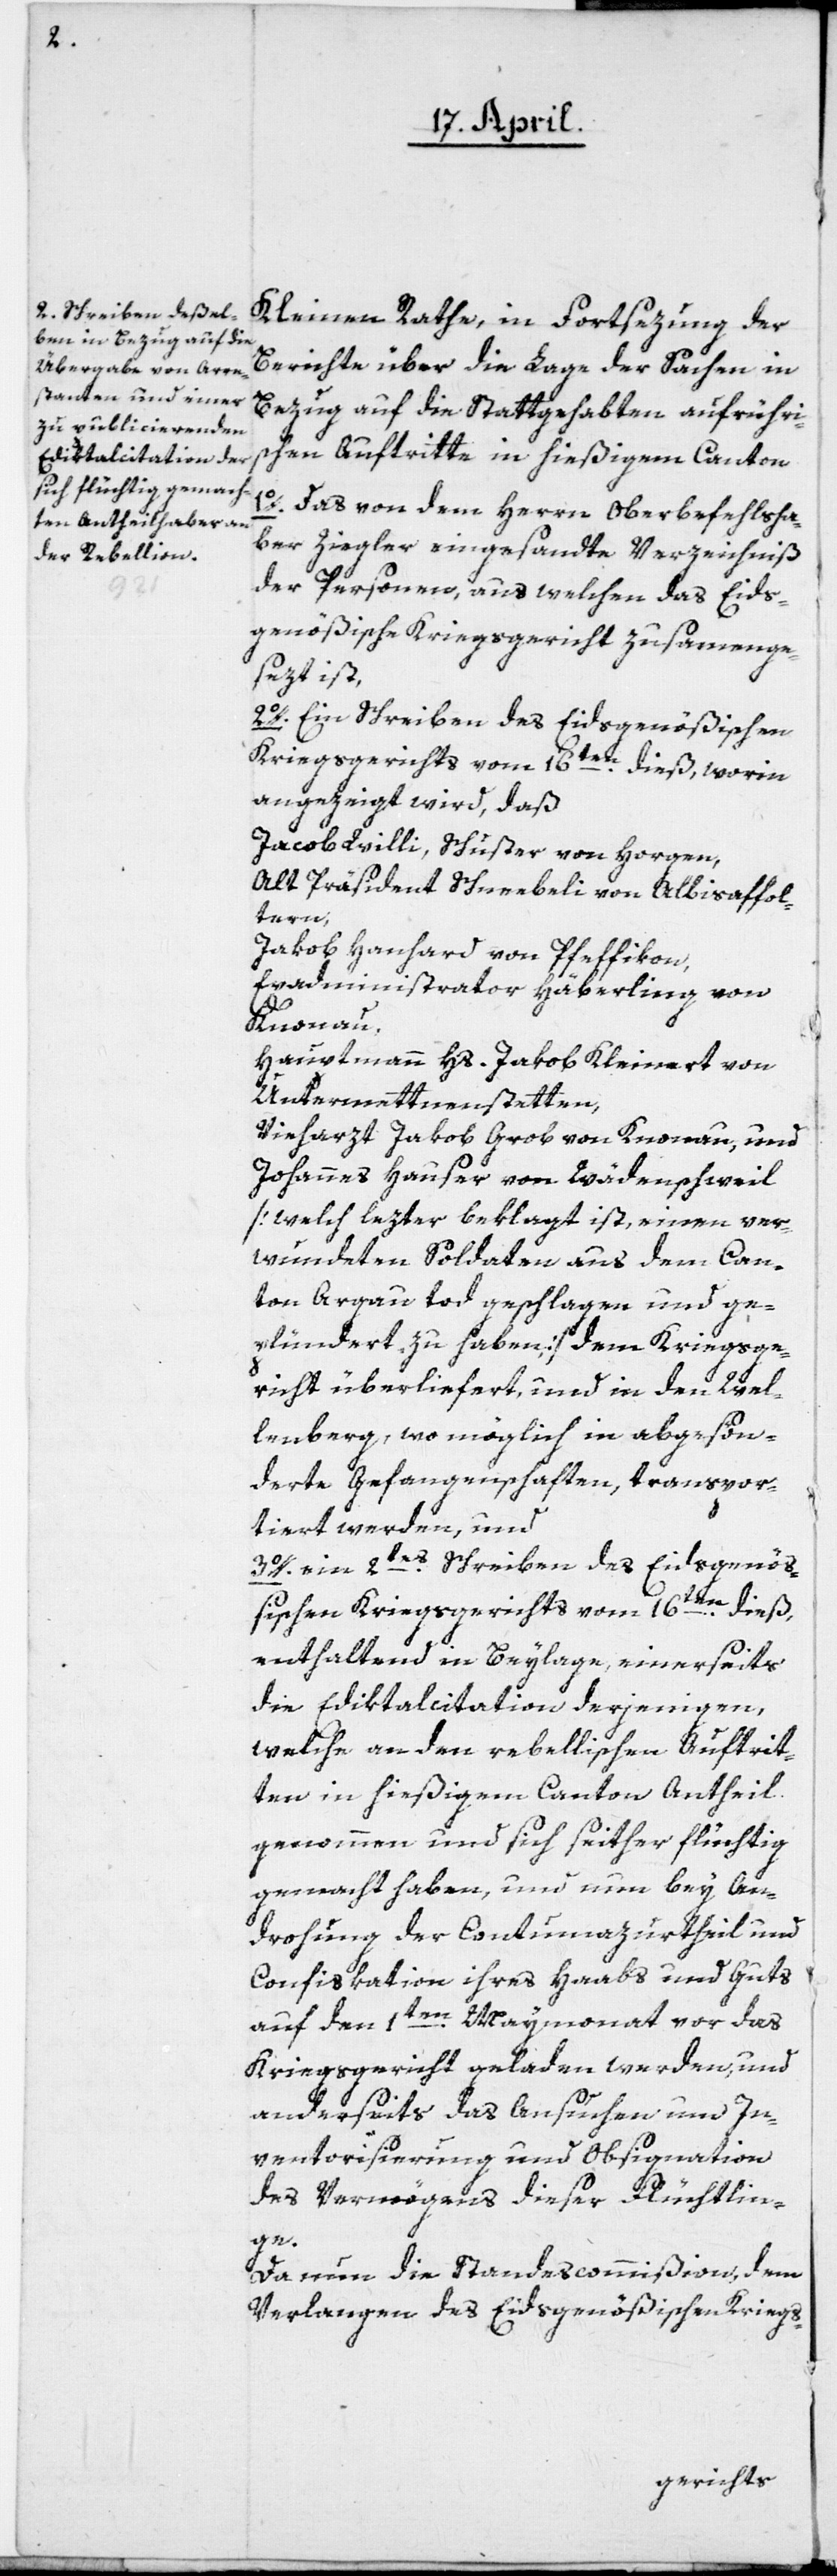
Kleinen Rathe, in Fortsezung der
Berichte über die Lage der Sachen in
Bezug auf die stattgehabten aufrühri¬
schen Auftritte in hießigem Canton.
1o. Das von dem Herrn Oberbefehlsha¬
ber Ziegler eingesandte Verzeichniß
der Personen, aus welchen das Eids¬
genößische Kriegsgericht zusammenge¬
sezt ist.
2o. Ein Schreiben des Eidsgenößischen
Kriegsgerichts vom 16ten dieß, worin
angezeigt wird, daß
Jacob Willi, Schuster von Horgen;
Alt Präsident Schneebeli von Albisaffol¬
tern;
Jakob Hanhard von Pfeffikon,
Exadministrator Häberling von
Knonau,
Hauptmann Hs. Jakob Kleinert von
Untermettmenstetten,
Vieharzt Jakob Grob von Knonau,
Johannes Hauser von Wädenschweil
[welch lezter beklagt ist, einen ver¬
wundeten Soldaten aus dem Can¬
ton Argau tod geschlagen und ge¬
plündert zu haben] dem Kriegsge¬
richt überliefert, und in den Wel¬
lenberg, wo möglich in abgesön¬
derte Gefangenschaften, transpor¬
tiert werden, und
3o. ein 2tes Schreiben des Eidsgenö¬
ßischen Kriegsgerichts vom 16ten dieß,
enthaltend in Beylage, einerseits
die Ediktalcitation derjenigen,
welche an den rebellischen Auftrit¬
ten in hießigem Canton Antheil
genommen und sich seither flüchtig
gemacht haben, und nun bey An¬
drohung der Contumazurtheil und
Confiskation ihres Haabs und Guts
auf den 1ten Maymonat vor das
Kriegsgericht geladen werden, und
anderseits das Ansuchen und In¬
ventarisierung und Obsignation
des Vermögens dieser Flüchtlin¬
ge.
Da nun die Standescommißion, dem
Verlangen des Eidsgenößischen Kriegs-